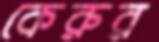
কেরুর